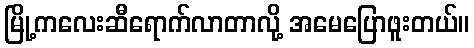
မြို့ကလေးဆီရောက်လာတာလို့ အမေပြောဖူးတယ်။